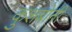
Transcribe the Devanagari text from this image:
कुशबोनी